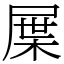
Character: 屟